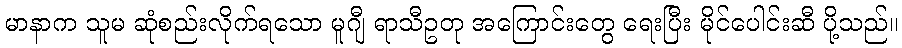
မာနာက သူမ ဆုံစည်းလိုက်ရသော မူဂျီ ရာသီဥတု အကြောင်းတွေ ရေးပြီး မိုင်ပေါင်းဆီ ပို့သည်။